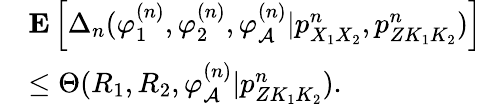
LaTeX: \begin{array}{rl}&{{\mathbf E}\left[\Delta_{n}(\varphi_{1}^{(n)},\varphi_{2}^{(n)},\varphi_{\cal A}^{(n)}|p_{X_{1}X_{2}}^{n},{p_{ZK_{1}K_{2}}^{n}})\right]}\\ &{\leq\Theta(R_{1},R_{2},\varphi_{\cal A}^{(n)}|{p_{ZK_{1}K_{2}}^{n}}).}\end{array}